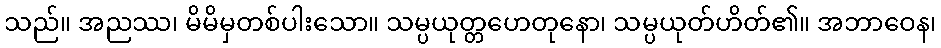
သည်။ အညဿ၊ မိမိမှတစ်ပါးသော။ သမ္ပယုတ္တဟေတုနော၊ သမ္ပယုတ်ဟိတ်၏။ အဘာဝေန၊